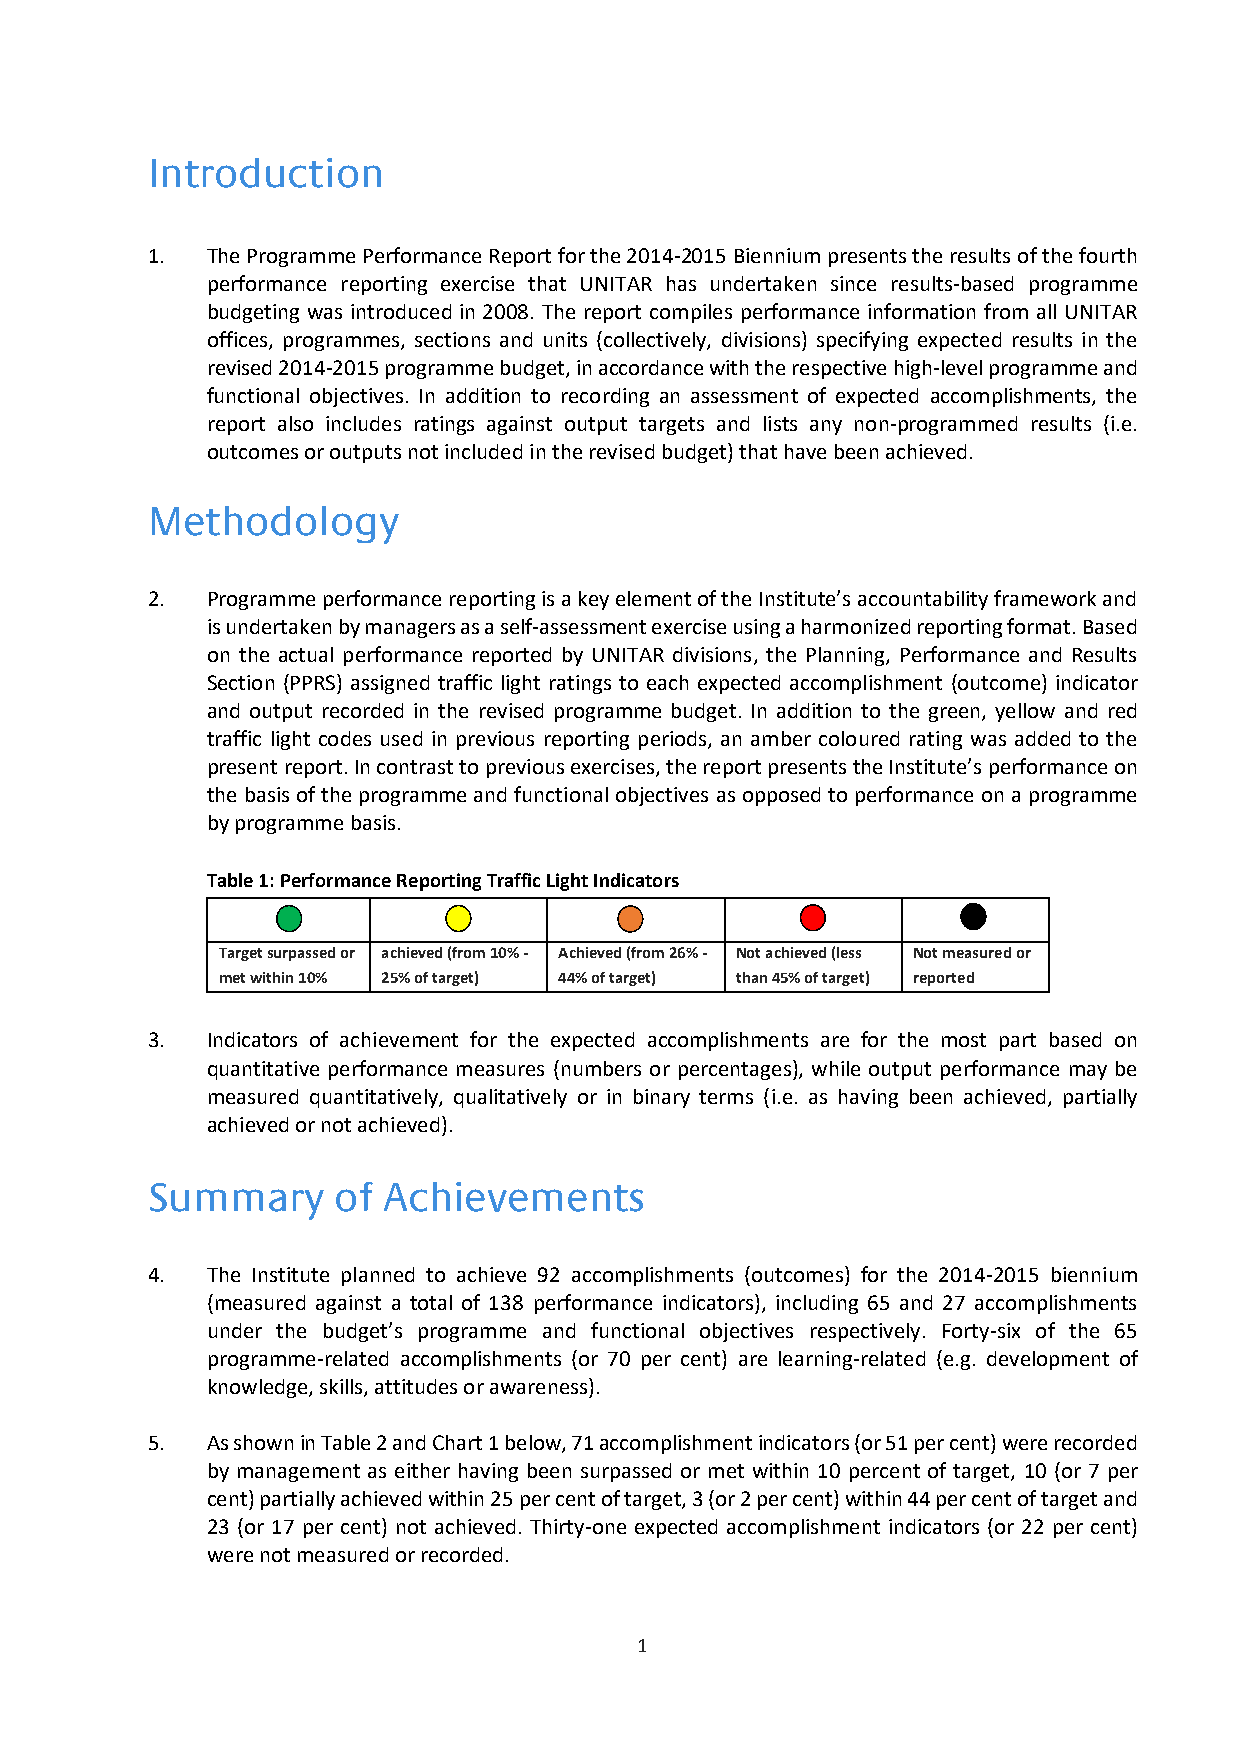
Introduction
 1.  The Programme Performance Report for the 2014-2015 Biennium presents the results of the fourth
 performance reporting exercise that UNITAR has undertaken since results-based programme
 budgeting was introduced in 2008. The report compiles performance information from all UNITAR
 offices, programmes, sections and units (collectively, divisions) specifying expected results in the
 revised 2014-2015 programme budget, in accordance with the respective high-level programme and
 functional objectives. In addition to recording an assessment of expected accomplishments, the
 report also includes ratings against output targets and lists any non-programmed results (i.e.
 outcomes or outputs not included in the revised budget) that have been achieved.
 Methodology
 2.  Programme performance reporting is a key element of the Institute’s accountability framework and
 is undertaken by managers as a self-assessment exercise using a harmonized reporting format. Based
 on the actual performance reported by UNITAR divisions, the Planning, Performance and Results
 Section (PPRS) assigned traffic light ratings to each expected accomplishment (outcome) indicator
 and output recorded in the revised programme budget. In addition to the green, yellow and red
 traffic light codes used in previous reporting periods, an amber coloured rating was added to the
 present report. In contrast to previous exercises, the report presents the Institute’s performance on
 the basis of the programme and functional objectives as opposed to performance on a programme
 by programme basis.
 Table 1: Performance Reporting Traffic Light Indicators
 Target surpassed or achieved (from 10% - Achieved (from 26% - Not achieved (less Not measured or
 met within 10% 25% of target) 44% of target) than 45% of target) reported
 3.  Indicators of achievement for the expected accomplishments are for the most part based on
 quantitative performance measures (numbers or percentages), while output performance may be
 measured quantitatively, qualitatively or in binary terms (i.e. as having been achieved, partially
 achieved or not achieved).
 Summary     of Achievements
 4.  The Institute planned to achieve 92 accomplishments (outcomes) for the 2014-2015 biennium
 (measured against a total of 138 performance indicators), including 65 and 27 accomplishments
 under the budget’s programme and functional objectives respectively. Forty-six of the 65
 programme-related accomplishments (or 70 per cent) are learning-related (e.g. development of
 knowledge, skills, attitudes or awareness).
 5.  As shown in Table 2 and Chart 1 below, 71 accomplishment indicators (or 51 per cent) were recorded
 by management as either having been surpassed or met within 10 percent of target, 10 (or 7 per
 cent) partially achieved within 25 per cent of target, 3 (or 2 per cent) within 44 per cent of target and
 23 (or 17 per cent) not achieved. Thirty-one expected accomplishment indicators (or 22 per cent)
 were not measured or recorded.
 1